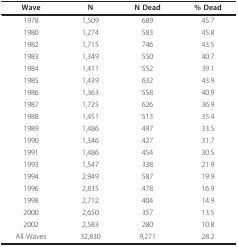
<table><thead><tr><td><b>Wave</b></td><td><b>N</b></td><td><b>N Dead</b></td><td><b>% Dead</b></td></tr></thead><tbody><tr><td>1978</td><td>1,509</td><td>689</td><td>45.7</td></tr><tr><td>1980</td><td>1,274</td><td>583</td><td>45.8</td></tr><tr><td>1982</td><td>1,715</td><td>746</td><td>43.5</td></tr><tr><td>1983</td><td>1,349</td><td>550</td><td>40.7</td></tr><tr><td>1984</td><td>1,411</td><td>552</td><td>39.1</td></tr><tr><td>1985</td><td>1,439</td><td>632</td><td>43.9</td></tr><tr><td>1986</td><td>1,363</td><td>558</td><td>40.9</td></tr><tr><td>1987</td><td>1,725</td><td>626</td><td>36.9</td></tr><tr><td>1988</td><td>1,451</td><td>513</td><td>35.4</td></tr><tr><td>1989</td><td>1,486</td><td>497</td><td>33.5</td></tr><tr><td>1990</td><td>1,346</td><td>427</td><td>31.7</td></tr><tr><td>1991</td><td>1,486</td><td>454</td><td>30.5</td></tr><tr><td>1993</td><td>1,547</td><td>338</td><td>21.9</td></tr><tr><td>1994</td><td>2,949</td><td>587</td><td>19.9</td></tr><tr><td>1996</td><td>2,835</td><td>478</td><td>16.9</td></tr><tr><td>1998</td><td>2,712</td><td>404</td><td>14.9</td></tr><tr><td>2000</td><td>2,650</td><td>357</td><td>13.5</td></tr><tr><td>2002</td><td>2,583</td><td>280</td><td>10.8</td></tr><tr><td>All Waves</td><td>32,830</td><td>9,271</td><td>28.2</td></tr></tbody></table>